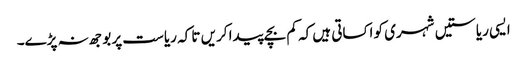
ایسی ریاستیں شہری کو اکساتی ہیں کہ کم بچے پیدا کریں تا کہ ریاست پر بوجھ نہ پڑے۔